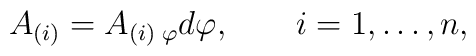
A_{(i)} = A_{(i)\;\varphi}d\varphi,\qquad i=1,\dots,n,